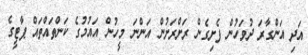
އަދި އަންގާރަ ދުވަހުން ފެށިގެން ރަށްރަށުން އަންނަ މީހުން އައުމުގެ ކަންތައްތައް ޕާޓީގެ